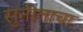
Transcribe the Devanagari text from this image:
सुनीताचा